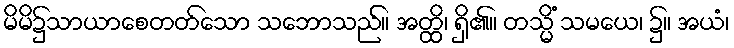
မိမိ၌သာယာစေတတ်သော သဘောသည်။ အတ္ထိ၊ ရှိ၏။ တသ္မိံ သမယေ၊ ၌။ အယံ၊